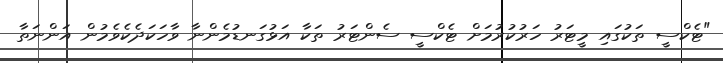
"ޓެކްސީ ތަކުގައި މީޓަރު ހަރުކުރުމަށް ޓެކްސީ ސެންޓަރު ތަކާ އަޅުގަނޑުމެންނާ ވާހަކަދެކެވެމުން އަންނަތާ